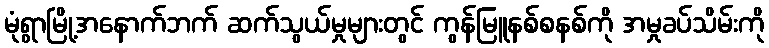
မုံရွာမြို့အနောက်ဘက် ဆက်သွယ်မှုများတွင် ကွန်မြူနစ်စနစ်ကို အမှုခပ်သိမ်းကို